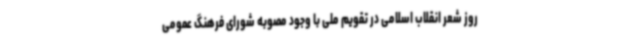
روز شعر انقلاب اسلامی در تقویم ملی با وجود مصوبه شورای فرهنگ عمومی